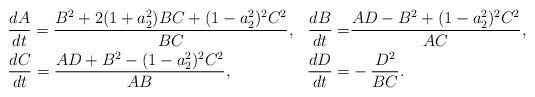
LaTeX: \begin{align*}&\frac{dA}{dt} =\frac{B^{2}+2(1+a_{2}^{2})BC+(1-a_{2}^{2})^{2}C^{2}}{BC}, &\frac{dB}{dt} =&\frac{AD-B^{2}+(1-a_{2}^{2})^{2}C^{2}}{AC}, \\&\frac{dC}{dt} =\frac{AD+B^{2}-(1-a_{2}^{2})^{2}C^{2}}{AB}, &\frac{dD}{dt} =&-\frac{D^{2}}{BC}.\end{align*}